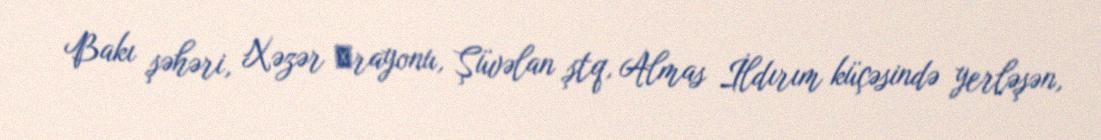
Bakı şəhəri, Xəzər ‎rayonu, Şüvəlan ştq, Almas İldırım küçəsində yerləşən,